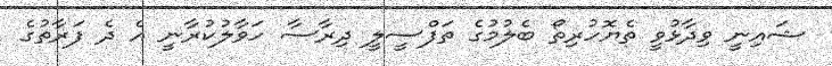
ޝައިނީ ވިދާޅުވީ ތެޔޮހުރިތޯ ބެލުމުގެ ތަފްސީލީ ދިރާސާ ހަވާލުކުރާނީ އެ ދެ ފަރާތުގެ